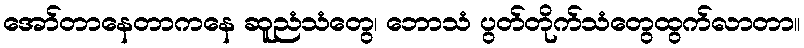
အော်တာနေတာကနေ ဆူညံသံတွေ၊ ဘောသံ ပွတ်တိုက်သံတွေထွက်လာတာ။